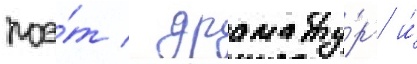
поэ́т / драмату́рг и́